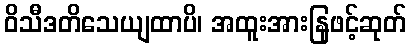
ဝိသီဒတိသေယျထာပိ၊ အထူးအားနြဖင့်ဆုတ်